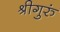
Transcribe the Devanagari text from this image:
श्रीगुरुं